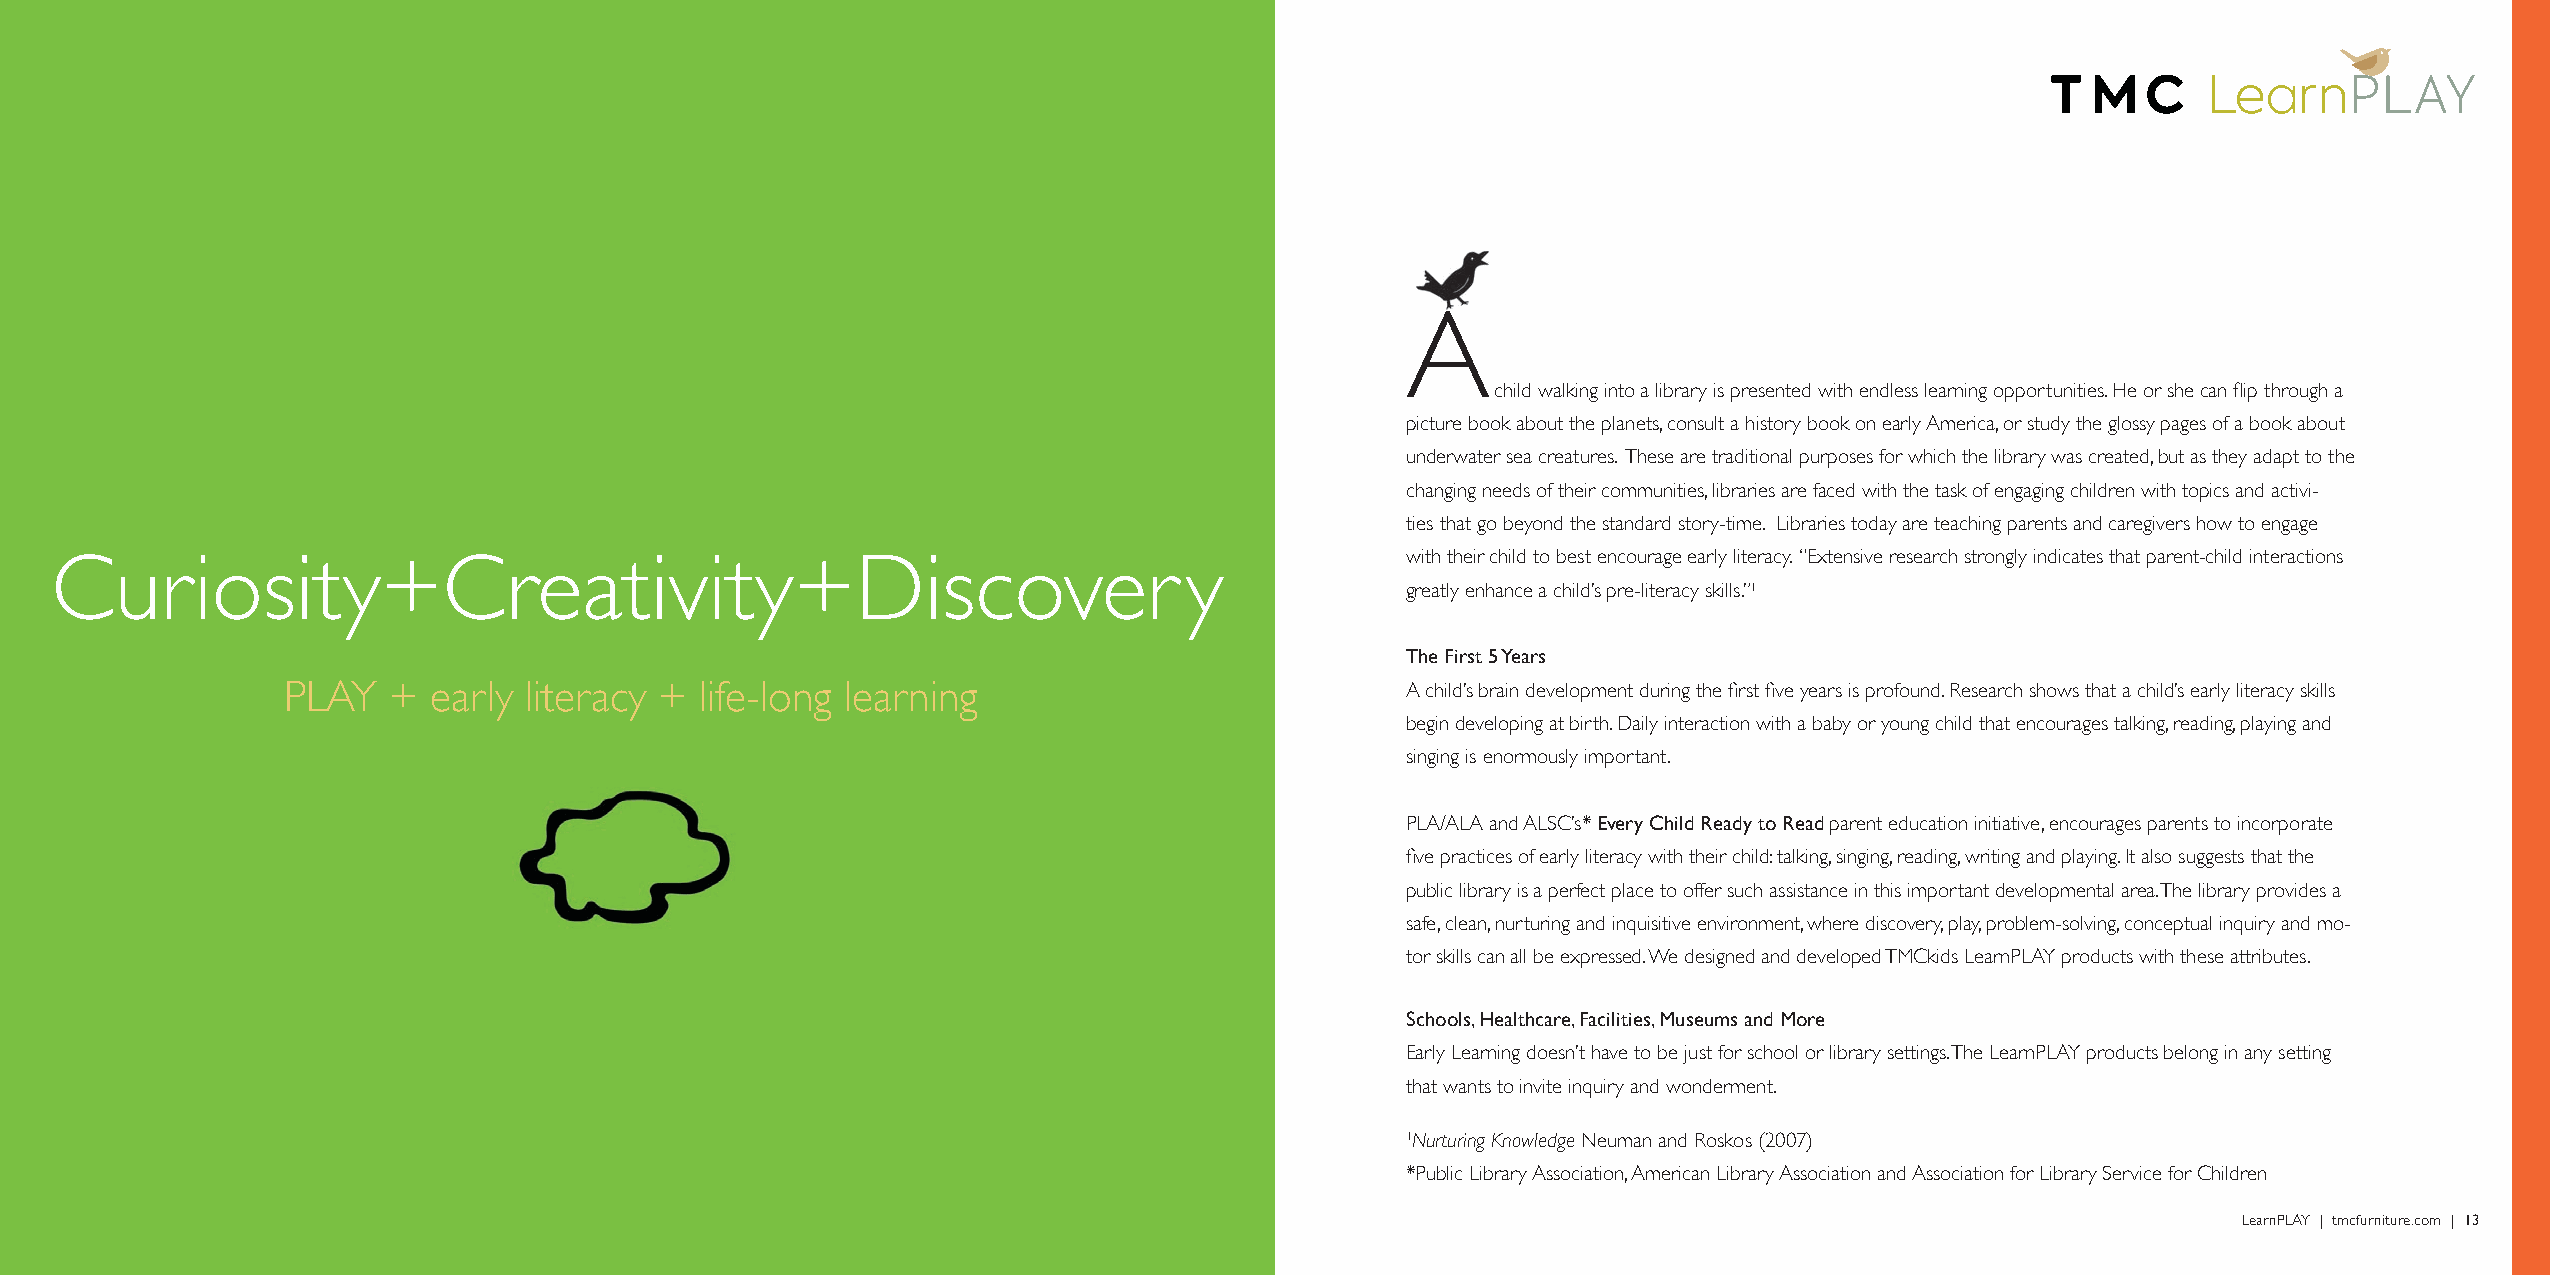
A
 child walking into a library is presented with endless learning opportunities. He or she can flip through a
 picture book about the planets, consult a history book on early America, or study the glossy pages of a book about
 underwater sea creatures. These are traditional purposes for which the library was created, but as they adapt to the
 changing needs of their communities, libraries are faced with the task of engaging children with topics and activi-
 ties that go beyond the standard story-time. Libraries today are teaching parents and caregivers how to engage
 Curiosity+Creativity+Discover                                              y              with their child to best encourage early literacy. “Extensive research strongly indicates that parent-child interactions
 greatly enhance a child’s pre-literacy skills.”1
 The First 5 Years
 PLAY   +  early literacy + life-long learning                             A child’s brain development during the first five years is profound. Research shows that a child’s early literacy skills
 begin developing at birth. Daily interaction with a baby or young child that encourages talking, reading, playing and
 singing is enormously important.
 PLA/ALA and ALSC’s* Every Child Ready to Read parent education initiative, encourages parents to incorporate
 five practices of early literacy with their child: talking, singing, reading, writing and playing. It also suggests that the
 public library is a perfect place to offer such assistance in this important developmental area. The library provides a
 safe, clean, nurturing and inquisitive environment, where discovery, play, problem-solving, conceptual inquiry and mo-
 tor skills can all be expressed. We designed and developed TMCkids LearnPLAY products with these attributes.
 Schools, Healthcare, Facilities, Museums and More
 Early Learning doesn’t have to be just for school or library settings. The LearnPLAY products belong in any setting
 that wants to invite inquiry and wonderment.
 1Nurturing Knowledge Neuman and Roskos (2007)
 *Public Library Association, American Library Association and Association for Library Service for Children
 12 | LearnPLAY | tmcfurniture.com                                                                                                              LearnPLAY | tmcfurniture.com | 13